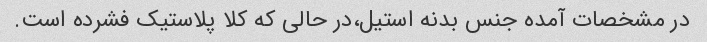
در مشخصات آمده جنس بدنه استیل،در حالی که کلا پلاستیک فشرده است.